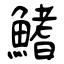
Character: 鰭